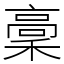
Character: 稾